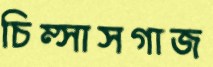
চিম্‌সাসগাজ